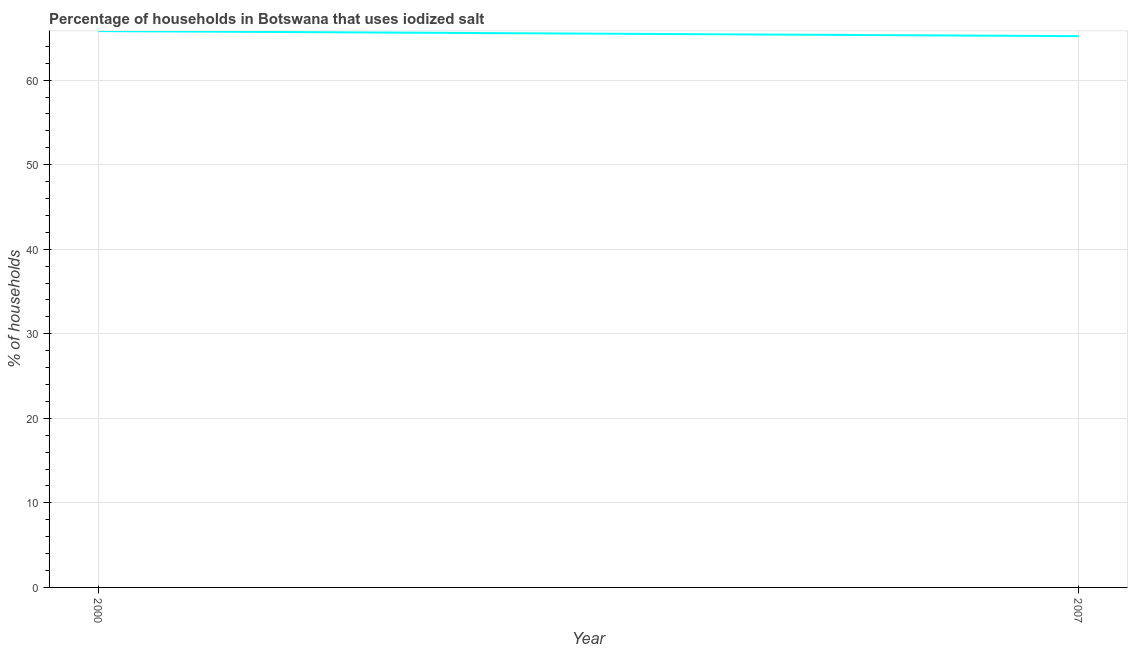
| Year | Consumption of iodized salt |
 | --- | --- |
 | 2000 | 65.8 |
 | 2007 | 65.2 |